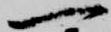
一